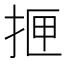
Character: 𰓫